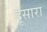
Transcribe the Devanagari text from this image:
दूसारा